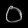
Digit: ၀